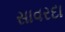
સાવરદા